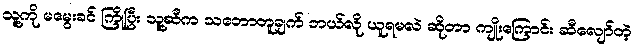
သူ့ကို မမွေးခင် ကြိုပြီး သူ့ဆီက သဘောတူချက် ဘယ်လို ယူရမလဲ ဆိုတာ ကျိုးကြောင်း ဆီလျော်တဲ့